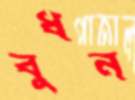
বুধন